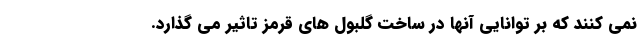
نمی کنند که بر توانایی آنها در ساخت گلبول های قرمز تاثیر می گذارد.